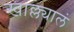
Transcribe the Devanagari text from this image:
खाल्ल्यालं